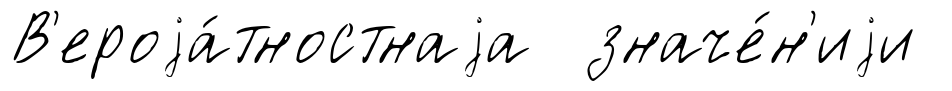
В'ероjа́тностнаjа значе́н'иjи